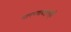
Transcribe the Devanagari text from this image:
मारण्याबद्दलही